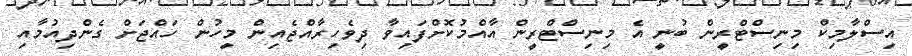
އިސްލާމިކް މިނިސްޓްރީން ބުނީ އެ މިނިސްޓްރީން އާއްމުކޮށްފައިވާ ދިވެހިރާއްޖެއިން މީހުން ހައްޖަށް ގެންދިއުމާއި